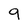
Character: 9